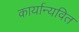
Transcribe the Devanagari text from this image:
कार्यान्यवित